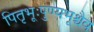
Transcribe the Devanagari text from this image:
पितृभूःपुण्यभूश्चैव